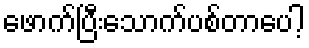
ဖောက်ပြီးသောက်ပစ်တာပေါ့